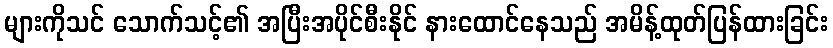
များကိုသင် သောက်သင့်၏ အပြီးအပိုင်စီးနိုင် နားထောင်နေသည် အမိန့်ထုတ်ပြန်ထားခြင်း